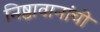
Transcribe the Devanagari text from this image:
निष्ठावानांची